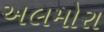
અલમોરા